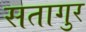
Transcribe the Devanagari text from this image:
सतागुर